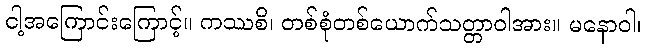
ငါ့အကြောင်းကြောင့်။ ကဿစိ၊ တစ်စုံတစ်ယောက်သတ္တာဝါအား။ မနောဝါ၊